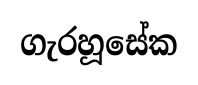
ගැරහූසේක